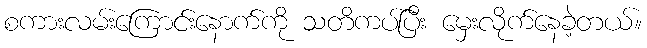
စကားလမ်းကြောင်းနောက်ကို သတိကပ်ပြီး မှေးလိုက်နေခဲ့တယ်။